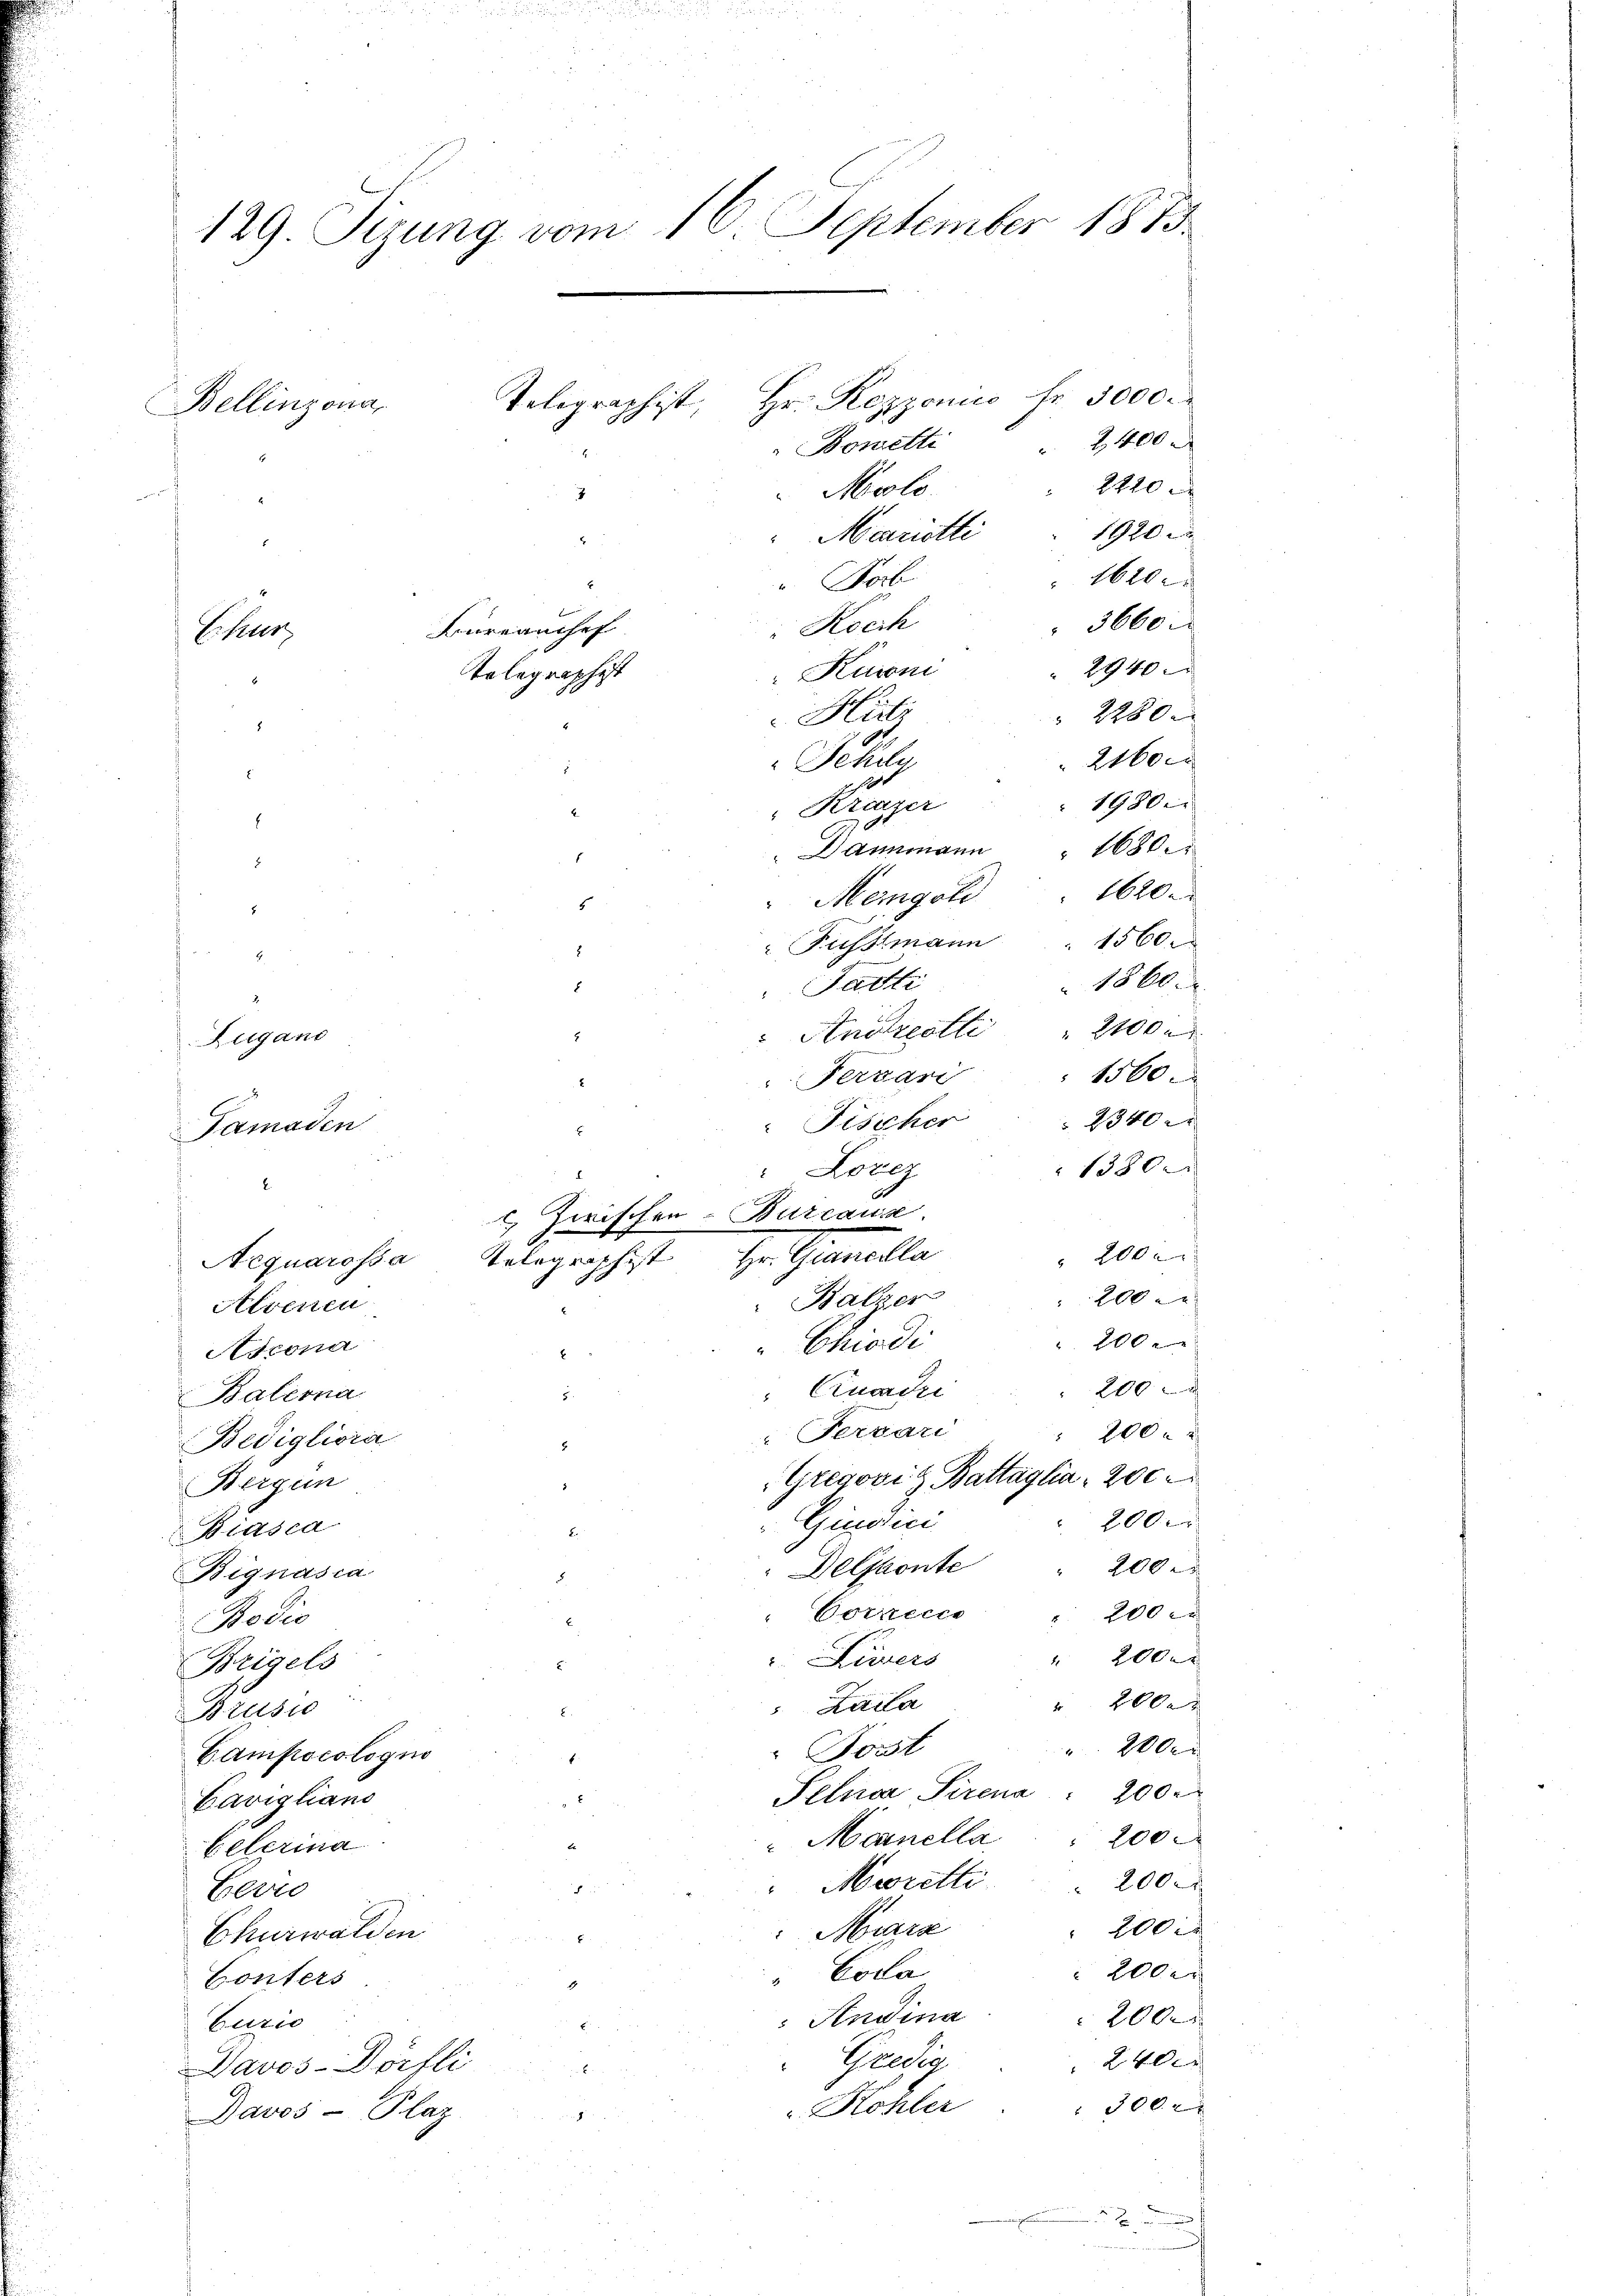
129 Tizung vom 16. September 1873.
.
Telegraphist, Hr. Rezzonico fr. 5000.
Bellinzona,
do
2,400 x
Bonetti
2220 x
Molo.
7
2
1920
Marriette
x

Pob
Koch
Kuioni
Hit
Schl
"Krazer
1380
 200 r
200
 200 x
200
200xx
Gregoviz Battaglia 200
2000
200 r
200
Vornecce
Bodis
20xx
 Livers
Brigels
E
200x
Kaila
Brusio
 2000
Forst
Campscologno
Selnar Pirena " 200.
Caviglians
"Manella 200
Eelerina
Mwretti . . 200
Berro
200 x
Marz
Churwalden
200x
"Cola
Conters
Andina
200
burio
Predig
240
Davos-Dörfli
300x
u. Kohler
Davos- Plaz

Bureauchef
Hiseler
Telegraphist

8
.

.
2
.

.
.
Meigoli
5
8
Tadti
2
Zugano
Fervari

" Fischer
Tamaden
" Lorez
.
. Zwischen-Bureaus.
Aequarossa Telegraphist Hr. Gianella
Balzer
Alvenen
Chiodi
Ascona
E
Ciucade
Balerna
5
Fervari
Bedigliorar
5
Bergun
Ginori
Biasca
Delskonte
Bignasia

1620 x
2280x
2160 x
1980
" Dammann" 1680
1620
Füssmann. 1560
1860.
Andreotti 2100.

3660.
2940

1560
2340 x

n